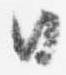
日